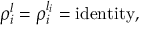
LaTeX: \rho _ { i } ^ { l } = \rho _ { i } ^ { l _ { i } } = \mathrm { i d e n t i t y } ,